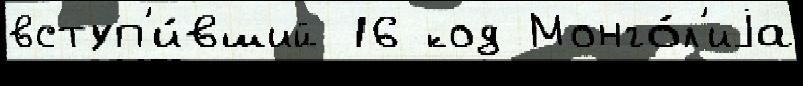
вступ'и́вший 16 код Монго́л'иjа